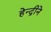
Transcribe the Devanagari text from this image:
हेन्द्रीने